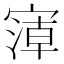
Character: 𰍘